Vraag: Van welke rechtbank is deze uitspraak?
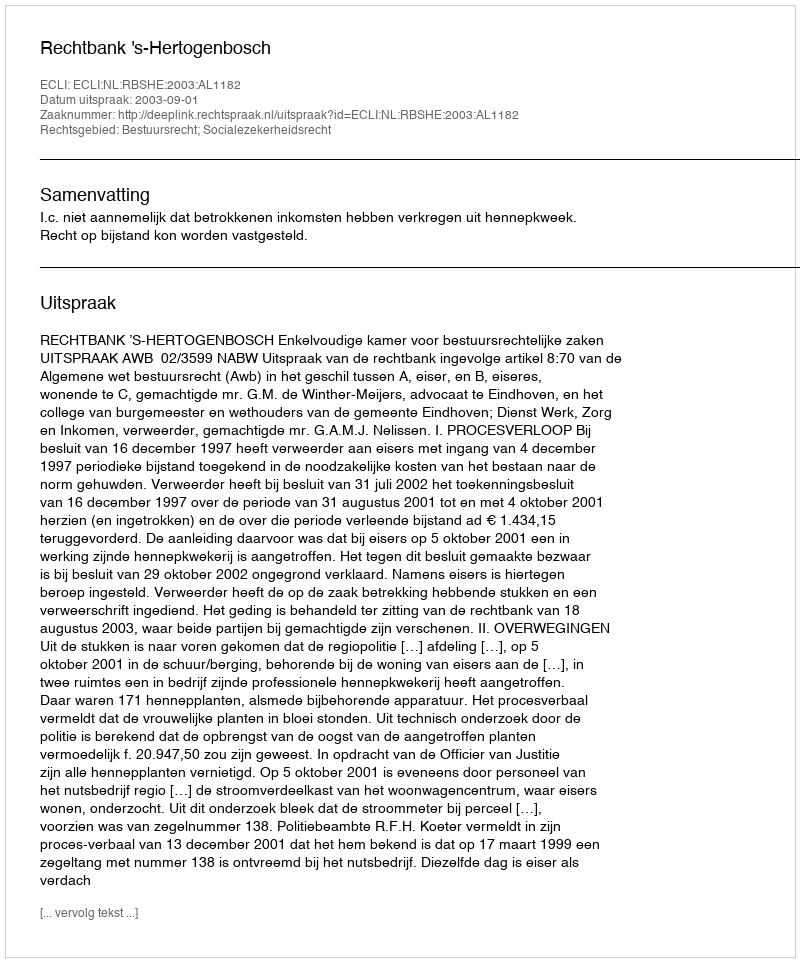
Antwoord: Rechtbank 's-Hertogenbosch